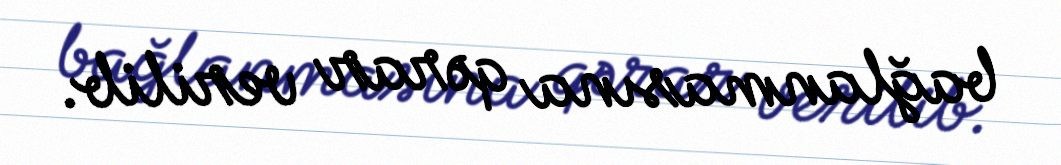
bağlanmasına qərar verilib.